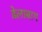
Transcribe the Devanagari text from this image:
ढेलाबाग